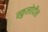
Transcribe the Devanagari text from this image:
स्कुलोदीस